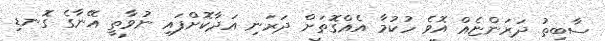
ސާބިތު ދަރަންޏެއް އޮވެ ހުކުމާ އެއްގޮތަށް ދަރަނި އަދާކޮށްފައި ނުވާތީ އޭނާގެ ގޮނޑި